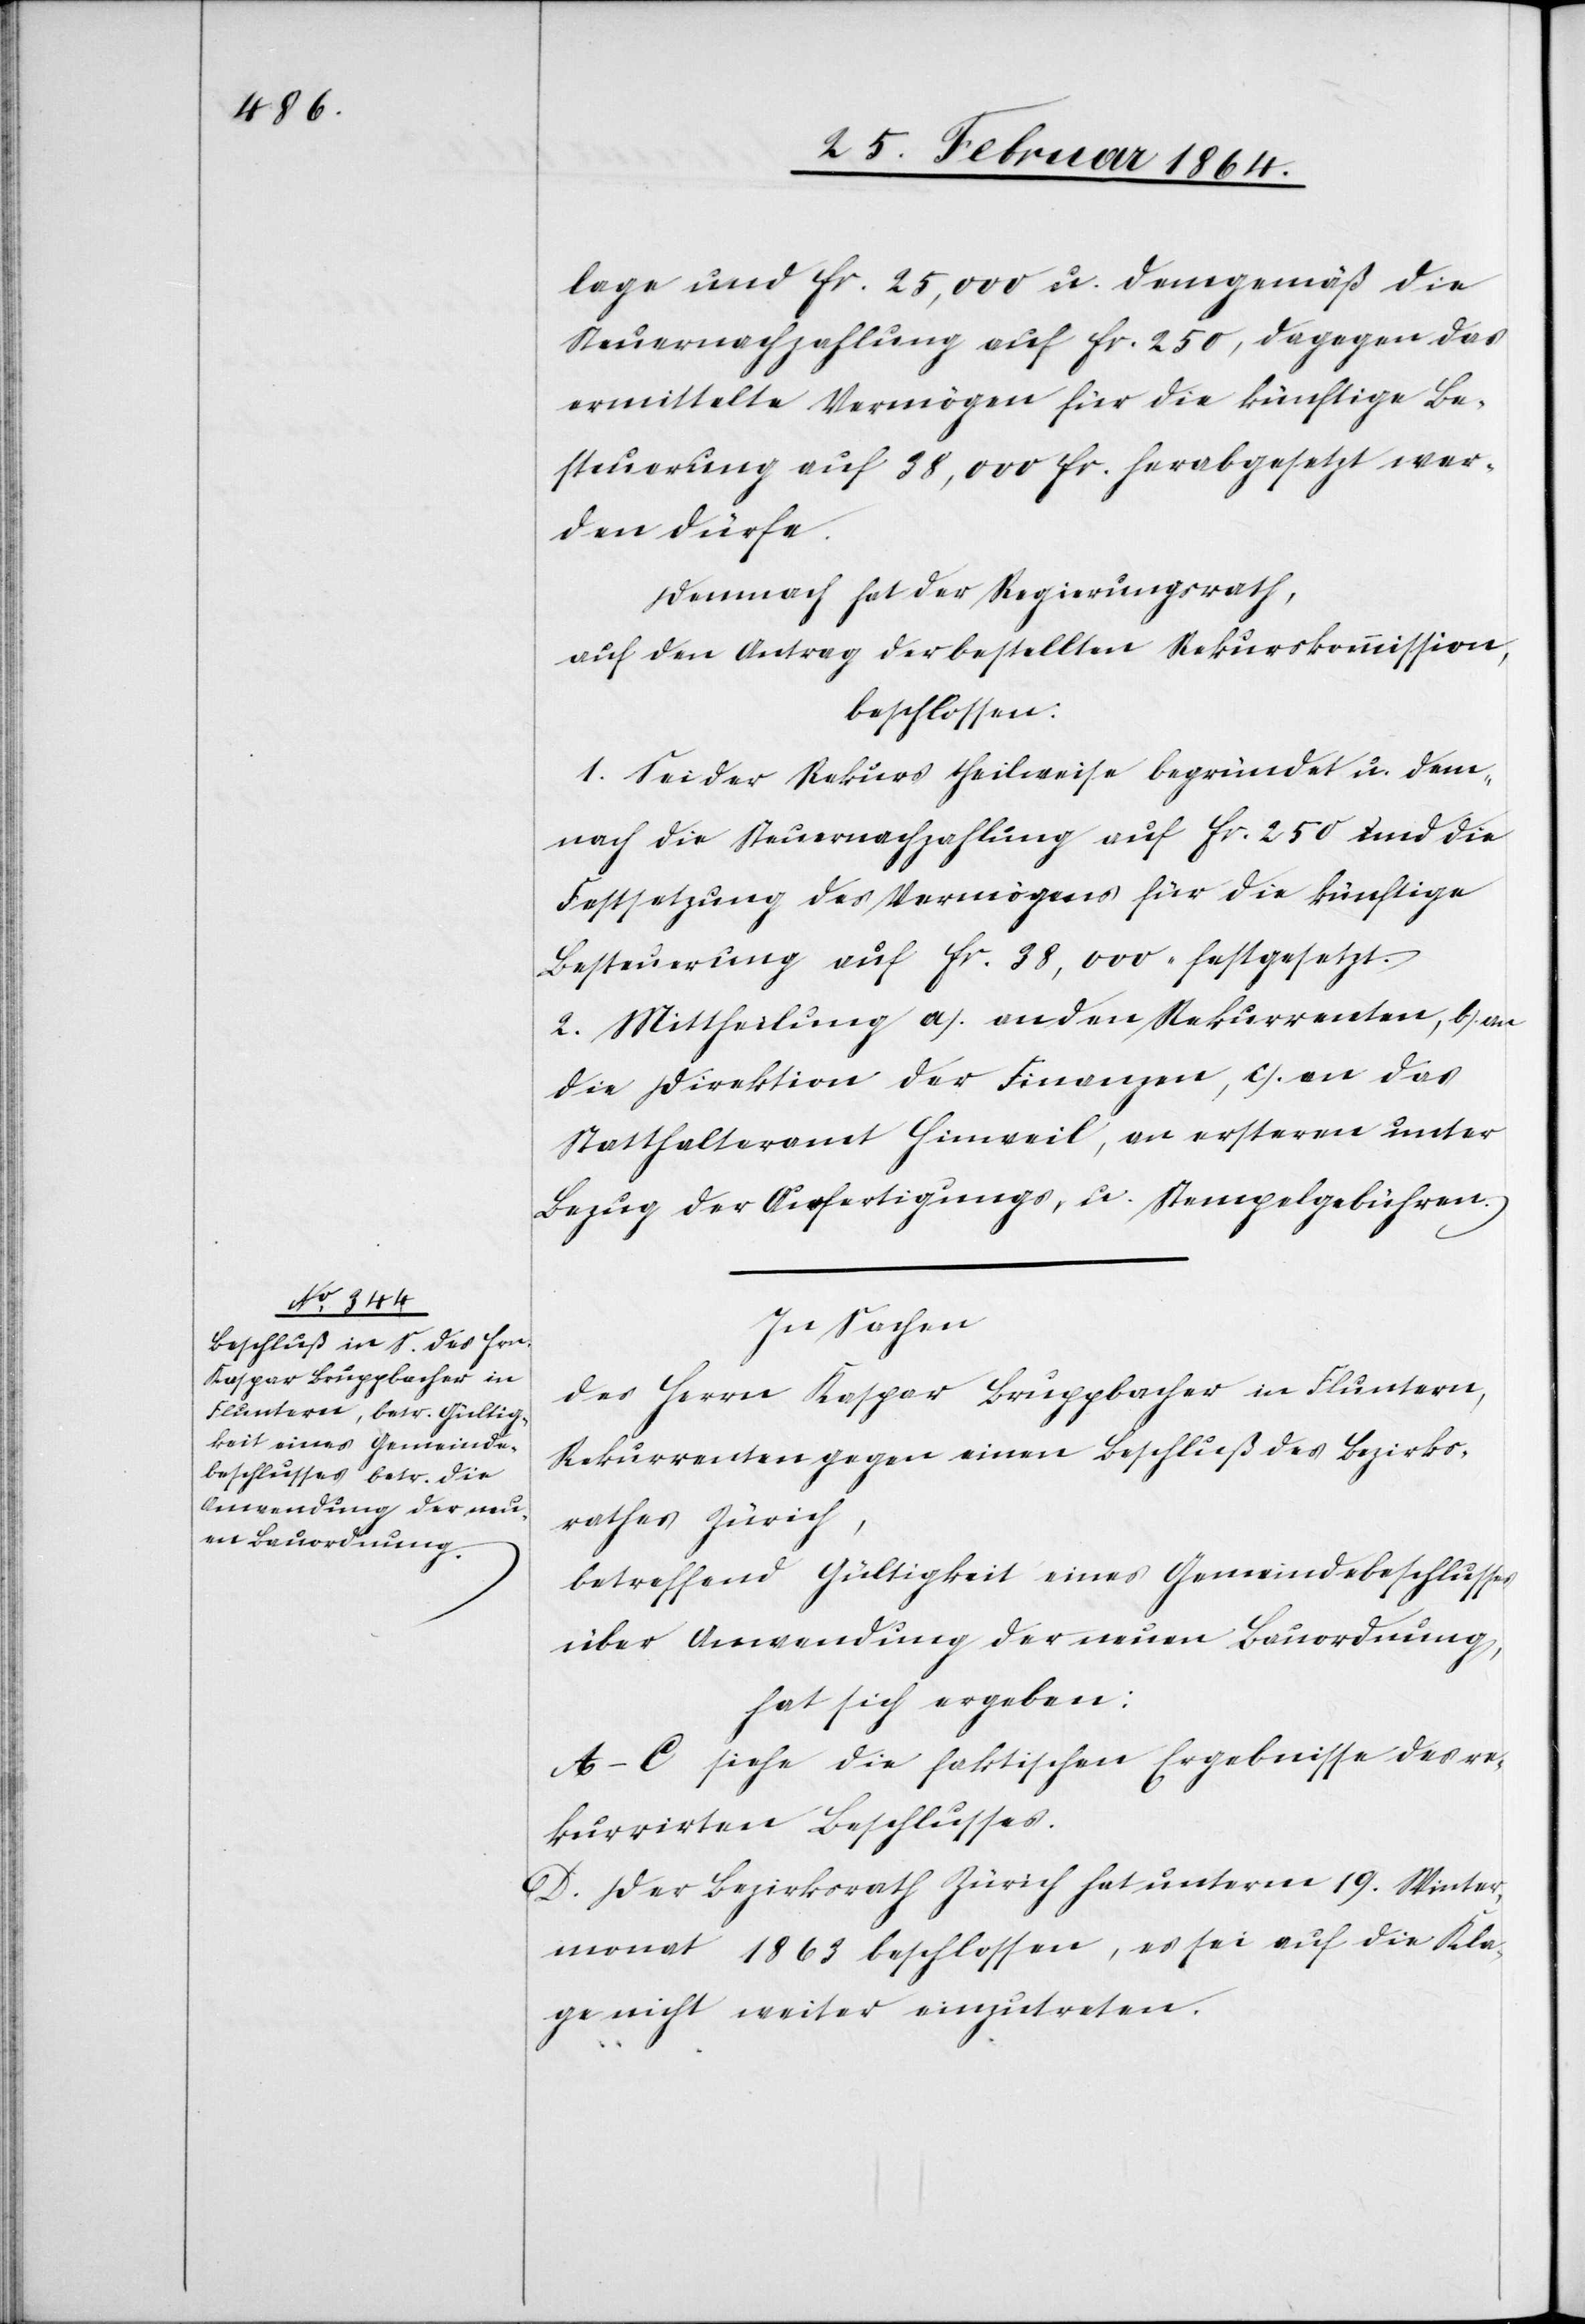
lage und fr. 25,000 u. demgemäß die
Steuernachzahlung auf fr. 250, dagegen das
ermittelte Vermögen für die künftige Be¬
steuerung auf 38,000 fr. herabgesetzt wer¬
den dürfe.
Demnach hat der Regierungsrath,
auf den Antrag der bestellten Rekurskommission,
beschlossen:
1. Sei der Rekurs theilweise begründet u. dem¬
nach die Steuernachzahlung auf fr. 250 und die
Festsetzung des Vermögens für die künftige
Besteuerung auf fr. 38,000 festgesetzt.
2. Mittheilung a.) an den Rekurrenten, b.) an
die Direktion der Finanzen, c.) an das
Statthalteramt Hinweil, an ersteren unter
Bezug der Ausfertigungs- u. Stempelgebühren.
In Sachen
des Herrn Kaspar Bruppacher in Fluntern,
Rekurrenten gegen einen Beschluß des Bezirks¬
rathes Zürich,
betreffend Gültigkeit eines Gemeindbeschlusses
über Anwendung der neuen Bauordnung,
hat sich ergeben:
A–C siehe die faktischen Ergebnisse des re¬
kurrirten Beschlusses.
D. Der Bezirksrath Zürich hat unterm 19. Winter¬
monat 1863 beschlossen, es sei auf die Kla¬
ge nicht weiter einzutreten.